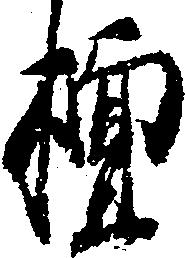
壇